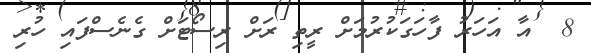
8  އާ އަހަރު ފާހަގަކުރުމަށް ރީތި ރަށް ރިސޯޓަށް ގެނެސްފައި ހުރި